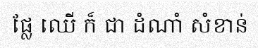
ផ្លែ ឈើ ក៏ ជា ដំណាំ សំខាន់